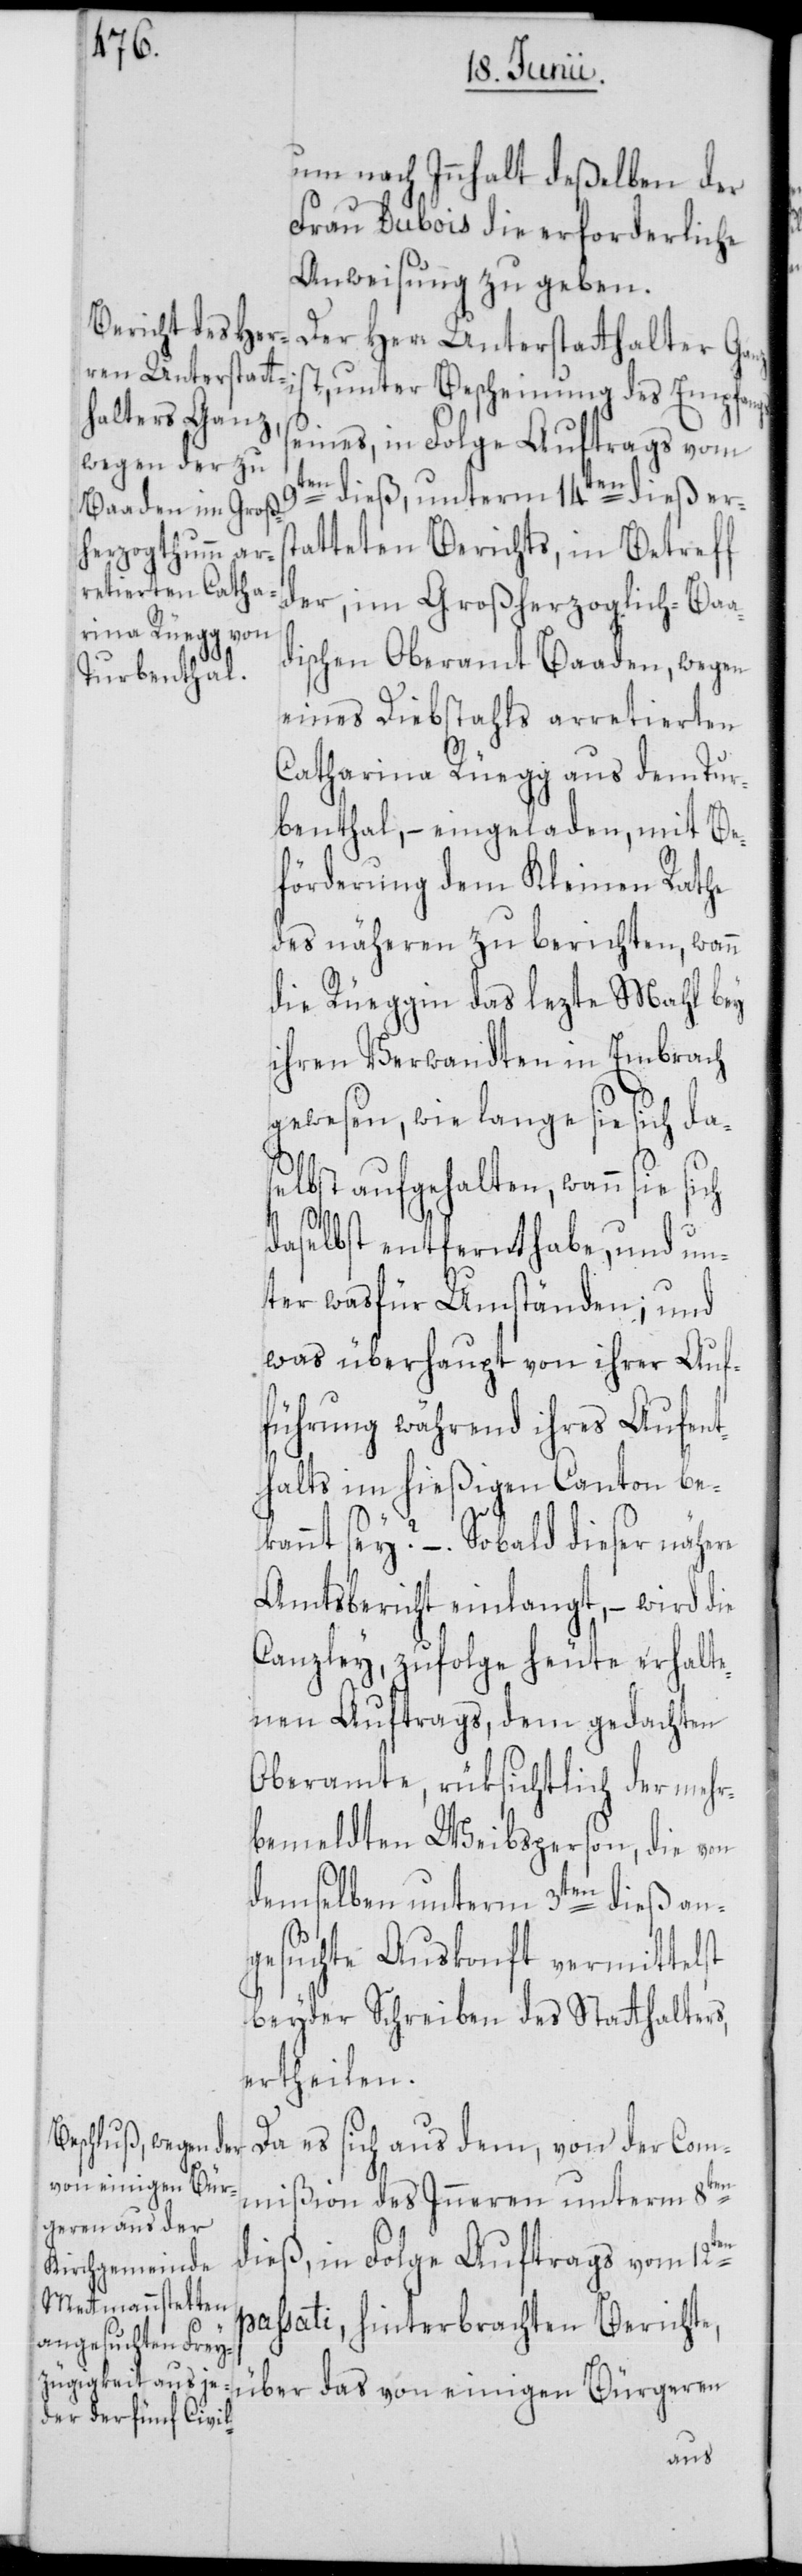
um nach Innhalt deßelben der
Frau Dubois die erforderliche
Anweisung zu geben.
Der Herr Unterstatthalter Ganz
unter Bescheinung des Empfangs
seines, in Folge Auftrags vom
dieß, unterm 14ten dieß ers¬
tatteten Berichts, in Betreff
der, im Großherzoglich-Baa¬
dischen Oberamt Baaden, wegen
eines Diebstahls arretierten
Catharina Rüegg aus dem Tur¬
benthal, – eingeladen, mit Be¬
förderung dem Kleinen Rathe
des näheren zu berichten, wann
die Rüeggin das lezte Mahl bey
ihren Verwandten in Embrach
gewesen, wie lange sie sich das¬
elbst aufgehalten, wann sie
daselbst entfernt habe, und un¬
ter was für Umständen; und
was überhaupt von ihrer Auf¬
führung während ihres Aufent¬
halts im hießigen Canton be¬
kannt sey? –. Sobald dieser nähere
Amtsbericht einlangt, – wird die
Canzley, zufolge heute erhalte¬
nen Auftrags, dem gedachten
Oberamte, rüksichtlich der mehr¬
bemeldten Weibsperson, die von
demselben unterm 3ten dieß an¬
gesuchte Auskonft vermittelst
beyder Schreiben des Statthalters,
ertheilen.
Da es sich aus dem, von der Com¬
mißion des Inneren unterm 8ten
en
dieß, in Folge Auftrags vom 12t¬
passati, hinterbrachten Berichte,
über das von einigen Bürgeren